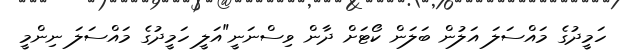
ހަމީދުގެ މައްސަލަ އަލުން ބަލަން ކޯޓަށް ދާން ވިސްނަނީ"އަލީ ހަމީދުގެ މައްސަލަ ނިންމީ